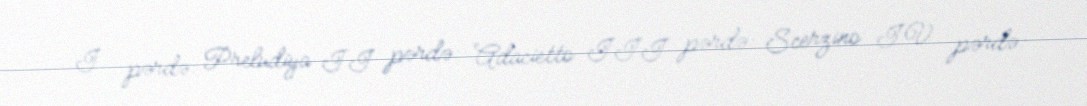
I pərdə: Preludiya II pərdə: Adacietto III pərdə: Scerzino IV pərdə: